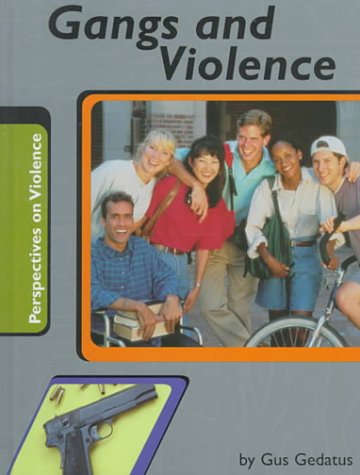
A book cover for Gangs and Violence (Perspectives on Violence); Gustav Mark Gedatus; Teen & Young Adult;